Plague in India, 1896, 1897 - Volume 1
Year: 1896
Disease focus: Plague
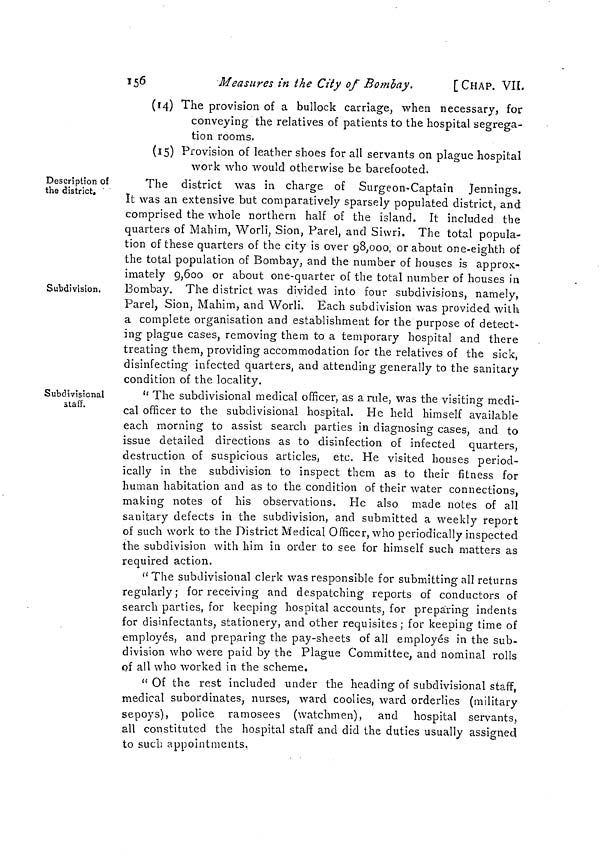
156
Measures in i he City of Bombay.
[CHAP. VIL
(14) The provision of a bullock carriage, when necessary, for
conveying the relatives of patients to the hospital segrega-
tion rooms.
(15) Provision of leather shoes for all servants on plague hospital
work who would otherwise be barefooted.
Description of
the district.
Subdivision.
The district was in charge of Surgeon-Captain Jennings.
It was an extensive but comparatively sparsely populated district, and
comprised the whole northern half of the island. It included the
quarters of Mahirn, Worli, Sion, Parel, and Siwri. The total popula-
tion of these quarters of the city is over 98,000, or about one-eighth of
the total population of Bombay, and the number of houses is approx-
imately 9,600 or about one-quarter of the total number of houses in
Bombay. The district was divided into four subdivisions, namely,
Parel, Sion, Mahim, and Worli. Each subdivision was provided with
a complete organisation and establishment for the purpose of detect-
ing plague cases, removing them to a temporary hospital and there
treating them, providing accommodation for the relatives of the sick,
disinfecting infected quarters, and attending generally to the sanitary
condition of the locality.
Subdivisional
staff.
" The subdivisional medical officer, as a rule, was the visiting medi-
cal officer to the subdivisional hospital. He held himself available
each morning to assist search parties in diagnosing cases, and to
issue detailed directions as to disinfection of infected quarters,
destruction of suspicious articles, etc. He visited houses period-
ically in the subdivision to inspect them as to their fitness for
human habitation and as to the condition of their water connections,
making notes of his observations. He also made notes of all
O
sanitary defects in the subdivision, and submitted a weekly report
of such work to the District Medical Officer, who periodically inspected
the subdivision with him in order to see for himself such matters as
required action.
"The subdivisional clerk was responsible for submitting all returns
regularly; for receiving and despatching reports of conductors of
search parties, for keeping hospital accounts, for preparing indents
for disinfectants, stationery, and other requisites; for keeping time of
employés, and preparing the pay-sheets of all employés in the sub-
division who were paid by the Plague Committee, and nominal rolls
of all who worked in the scheme.
" Of the rest included under the heading of subdivisional staff,
medical subordinates, nurses, ward coolies, ward orderlies (military
sepoys), police ramosees (watchmen), and hospital servants,
all constituted the hospital staff and did the duties usually assigned,
to such appointments.